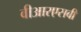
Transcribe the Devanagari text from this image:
वीआरएसबी